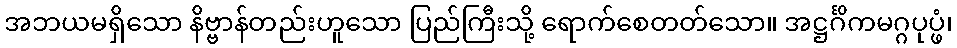
အဘယမရှိသော နိဗ္ဗာန်တည်းဟူသော ပြည်ကြီးသို့ ရောက်စေတတ်သော။ အဋ္ဌင်္ဂိကမဂ္ဂပုပ္ဖံ၊